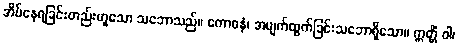
အိပ်နေရခြင်းတည်းဟူသော သဘောသည်။ ကောဓနံ၊ အမျက်ထွက်ခြင်းသဘောရှိသော။ ဣတ္တိံ ဝါ၊